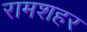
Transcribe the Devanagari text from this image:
रामशहर